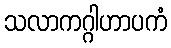
သလာကဂ္ဂါဟာပကံ